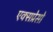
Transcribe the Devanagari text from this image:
एक्सप्रेसो